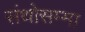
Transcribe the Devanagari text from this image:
संथोसम्मा